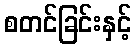
စတင်ခြင်းနှင့်